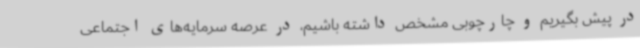
در پیش بگیریم و چارچوبی مشخص داشته باشیم، در عرصه سرمایه‌های اجتماعی